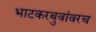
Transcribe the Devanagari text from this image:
भाटकरबुवांवरच